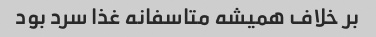
بر خلاف همیشه متاسفانه غذا سرد بود